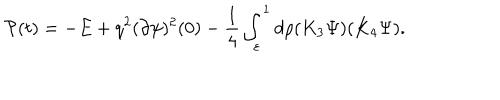
{ \cal P } ( t ) = - E + q ^ { 2 } ( \partial \psi ) ^ { 2 } ( 0 ) - \frac 1 4 \int _ { \varepsilon } ^ { 1 } d \rho ( K _ { 3 } \Psi ) ( K _ { 4 } \Psi ) .